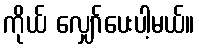
ကိုယ် လျှော်ပေးပါ့မယ်။